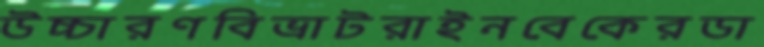
উচ্চারণবিভ্রাটরাইনবেকেরডা